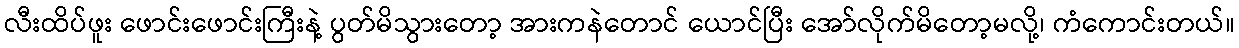
လီးထိပ်ဖူး ဖောင်းဖောင်းကြီးနဲ့ ပွတ်မိသွားတော့ အားကနဲတောင် ယောင်ပြီး အော်လိုက်မိတော့မလို့၊ ကံကောင်းတယ်။